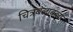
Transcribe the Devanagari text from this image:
चित्रबलाकला